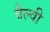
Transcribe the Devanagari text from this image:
वैल्वी